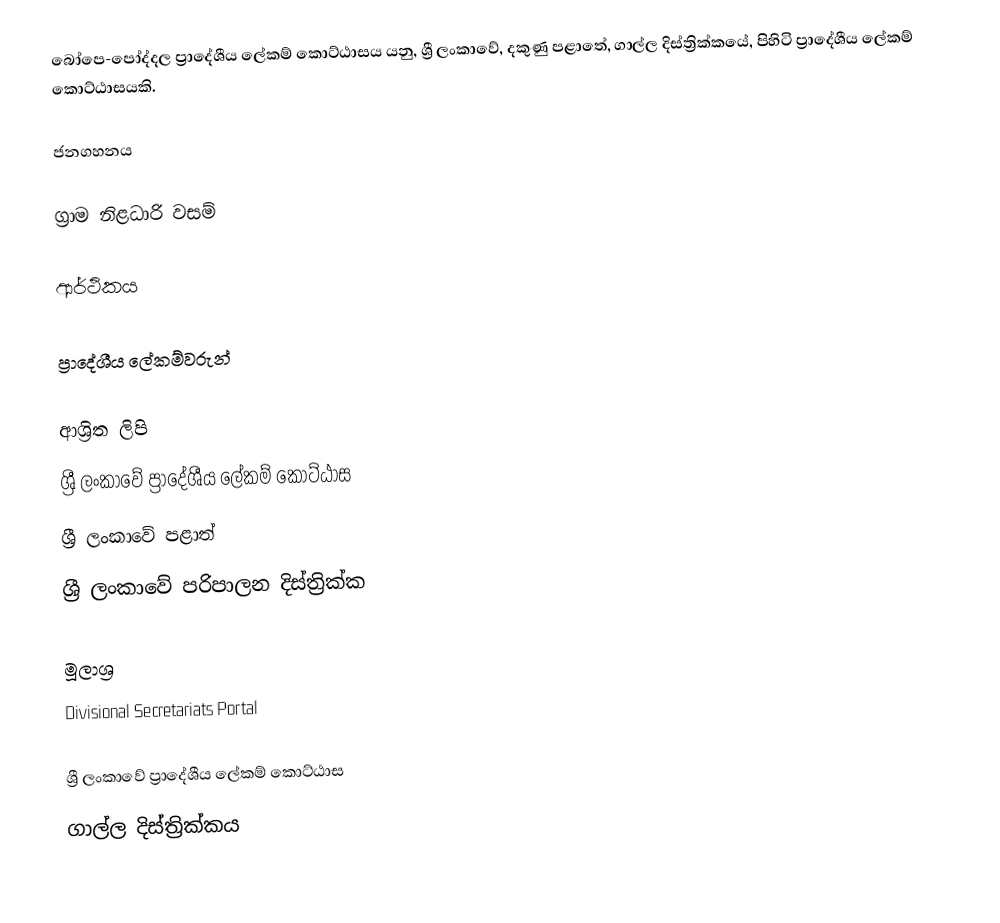
බෝපෙ-පෝද්දල ප්‍රාදේශීය ලේකම් කොට්ඨාසය යනු,  ශ්‍රී ලංකාවේ, දකුණු පළාතේ,   ගාල්ල දිස්ත්‍රික්කයේ, පිහිටි ප්‍රාදේශීය ලේකම් කොට්ඨාසයකි.

ජනගහනය

ග්‍රාම නිළධාරි වසම්

ආර්ථිකය

ප්‍රාදේශීය ලේකම්වරුන්

ආශ්‍රිත ලිපි
ශ්‍රී ලංකාවේ ප්‍රාදේශීය ලේකම් කොට්ඨාස
ශ්‍රී ලංකාවේ පළාත්
ශ්‍රී ලංකාවේ පරිපාලන දිස්ත්‍රික්ක

මූලාශ්‍ර
 Divisional Secretariats Portal

ශ්‍රී ලංකාවේ ප්‍රාදේශීය ලේකම් කොට්ඨාස
ගාල්ල දිස්ත්‍රික්කය